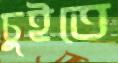
চুইতে